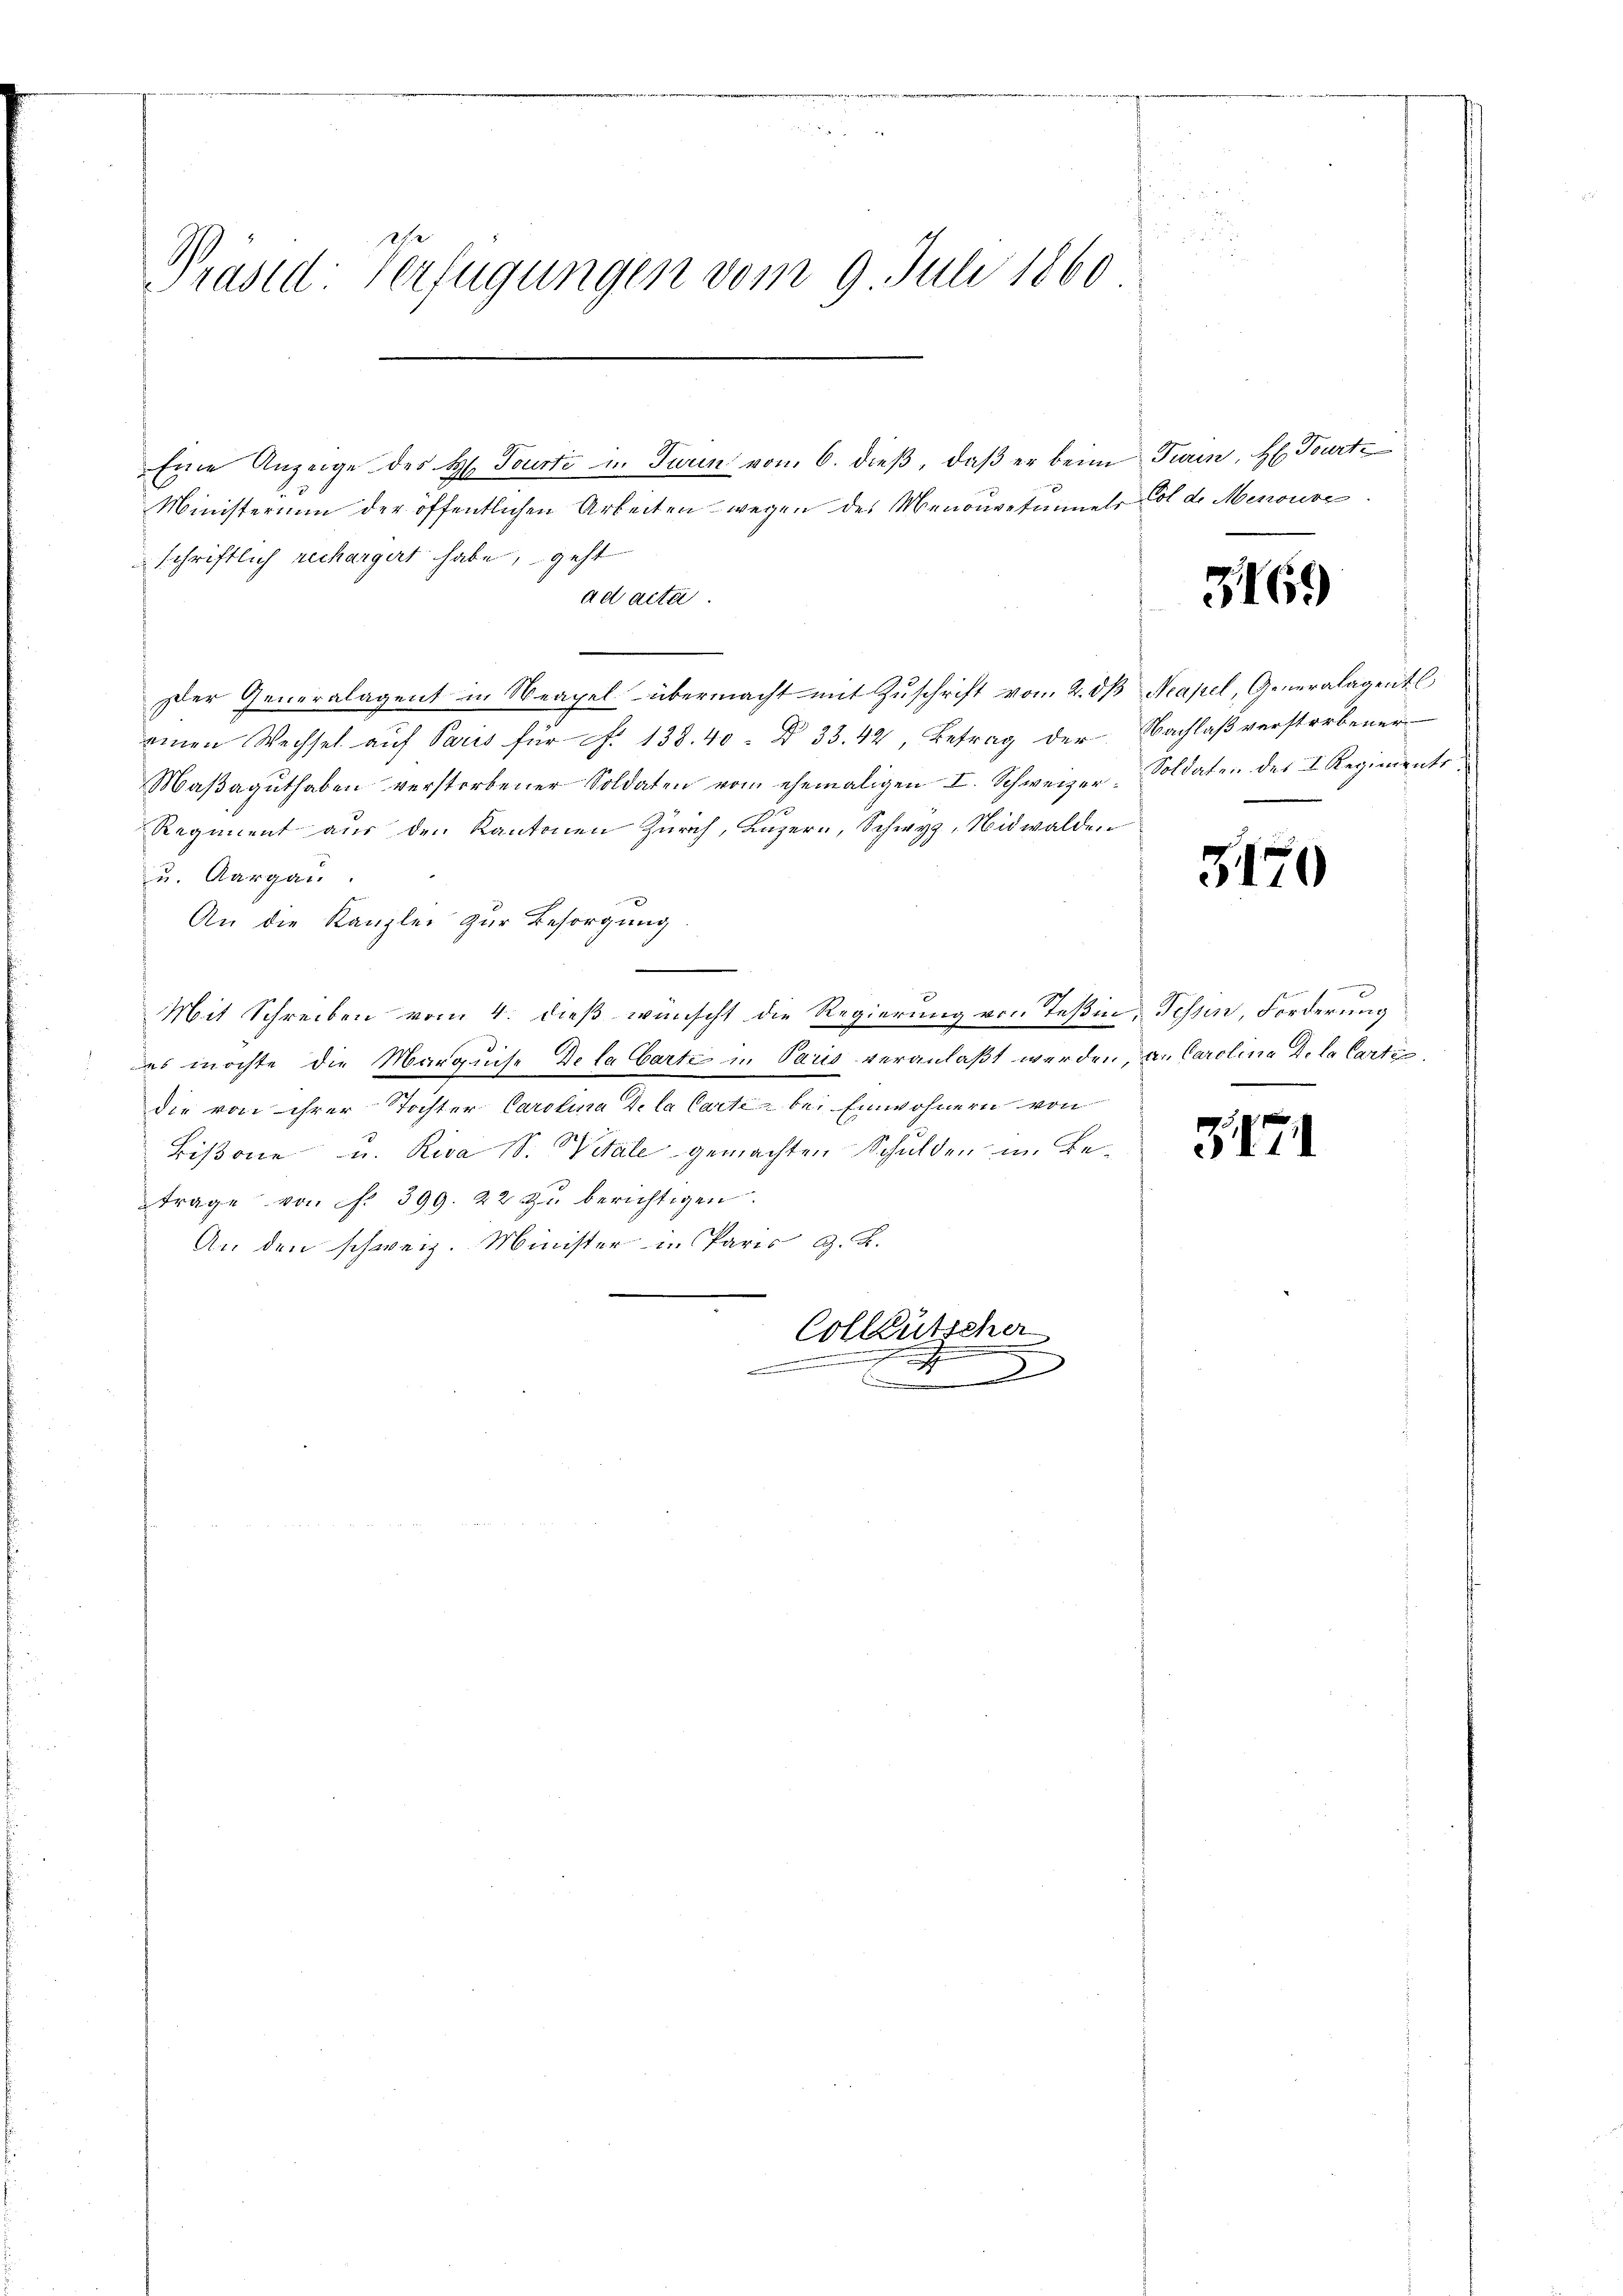
Präsid: Verfügungen vom 9. Juli 1860

Eine Anzeige des H. Tourti in Turin vom 6. dieß, daß er beim Turin, H. Tourte
Ministerium der öffentlichen Arbeiten wegen des Menouvetammels Col de Menouve
Der Generalagent in Neapel übermacht mit Zŭschrift vom 2. dβ Neapel, Generalagentl
einen Wechsel aŭf Paris für f. 138. 40. § 33. 42, Betrag der Nachlaβ verstorbener
Maβagŭthaben verstorbener Soldaten vom ehemaligen I. Schweizer-Soldaten des I. Regiments
Regiment aus den Kantonen Zürich, Luzern, Schwyz, Nidwalden
u. Aargau.
An die Kanzlei zur Besorgung.
.
Mit Schreiben vom 4. dieß wünscht die Regierung von Teßin, Tessin, Forderung
es möchte die Marquise Dela Carte in Paris veranlaßt werden, an Carolina Dela Cartic
die von ihrer Tochter Carolina de la Carte bei Einwohnern von
Bißone u. Riva S. Witale gemachten Schulden im Betrage von P. 399. 22 zu berichtigen.
An den schweiz. Minister in Paris G. K.
Colleutscher

schriftlich rechargert habe, geht

ad acta.

.

d

369

3170

317